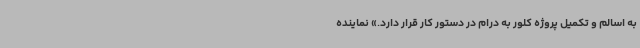
به اسالم و تکمیل پروژه کلور به درام در دستور کار قرار دارد.» نماینده